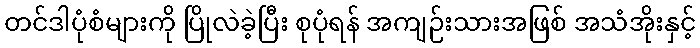
တင်ဒါပုံစံများကို ပြိုလဲခဲ့ပြီး စုပုံရန် အကျဉ်းသားအဖြစ် အသံအိုးနှင့်